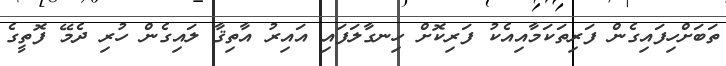
ތަބަށްހިފައިގެން ފަރިތަކަމާއިއެކު ފަރިކޮށް ހިނގާލަފައި އައިރު އާތިޤާ ލައިގެން ހުރި ދެމޭ ފޮތީގެ